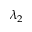
\lambda _ { 2 }